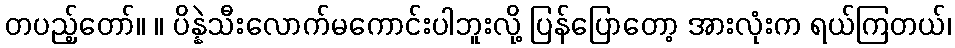
တပည့်တော်။ ။ ပိန္နဲသီးလောက်မကောင်းပါဘူးလို့ ပြန်ပြောတော့ အားလုံးက ရယ်ကြတယ်၊